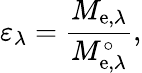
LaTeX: \varepsilon_{\lambda}={\frac{M_{\mathrm{e},\lambda}}{M_{\mathrm{e},\lambda}^{\circ}}},